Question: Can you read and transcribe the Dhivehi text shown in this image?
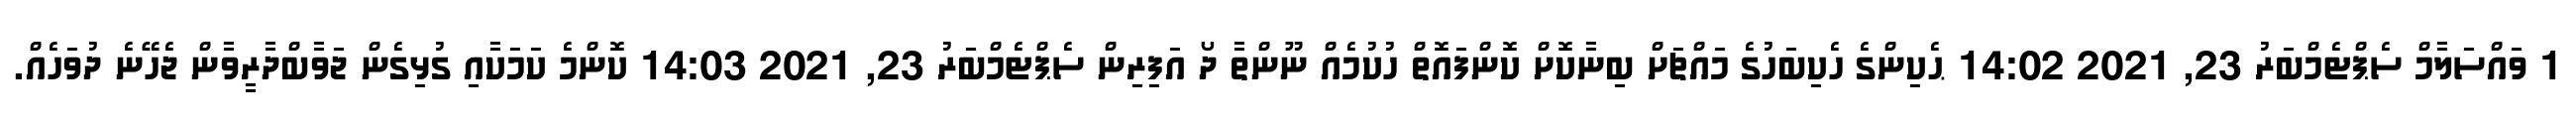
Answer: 1 ވައްސަލާމް ސެޕްޓެމްބަރު 23, 2021 14:02 ޙެކިންގެ ހެކިބަހުގެ މައްޗަށް ބިނާކޮށް ކޮންފައޮތް ހުކުމެއް ނޫންތާ ދޯ އަފިރިން ސެޕްޓެމްބަރު 23, 2021 14:03 ކޮންމެ ކަމަކާއި ގުޅިގެން ޖަވާބްދާރީވާން ޖެހޭނެ ދުވަހެއް.